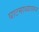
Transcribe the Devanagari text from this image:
घाटमाथ्यावरुन